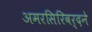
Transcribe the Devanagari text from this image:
अमरसिरिवर्दने